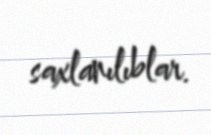
saxlanılıblar.